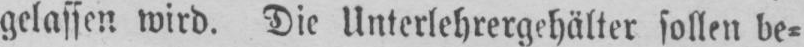
gelassen wird. Die Unterlehrergehälter sollen be⸗